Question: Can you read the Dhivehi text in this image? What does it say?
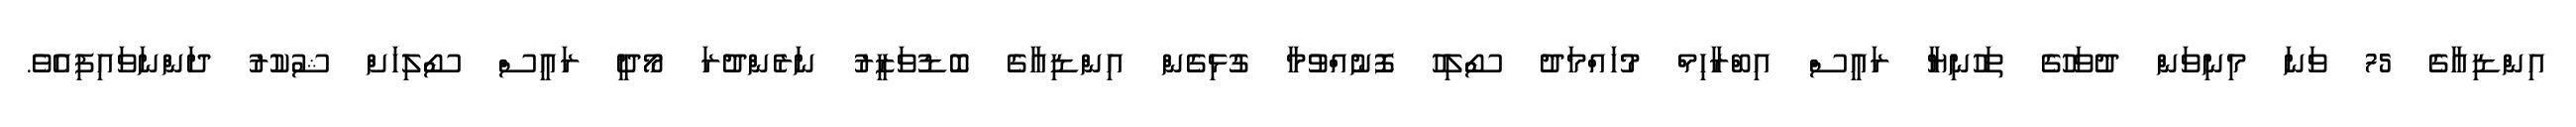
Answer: އިންޑިއާގެ 75 ވަނަ މިނިވަން ދުވަހުގެ ތަހުނިޔާ ރައީސް އިބްރާހިމް މުހައްމަދު ސޯލިހު ފޮނުއްވުމާ ގުޅިގެން އިންޑިއާގެ ބޮޑުވަޒީރު ނަރެންދުރަ މޯދީ ރައީސް ސޯލިހަށް ޝުކުރު ދަންނަވައިފިއެވެ.